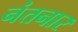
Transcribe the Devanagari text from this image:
नंतनार